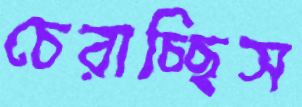
চেরাচ্ছিস